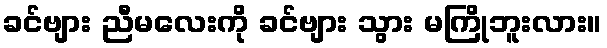
ခင်ဗျား ညီမလေးကို ခင်ဗျား သွား မကြိုဘူးလား။